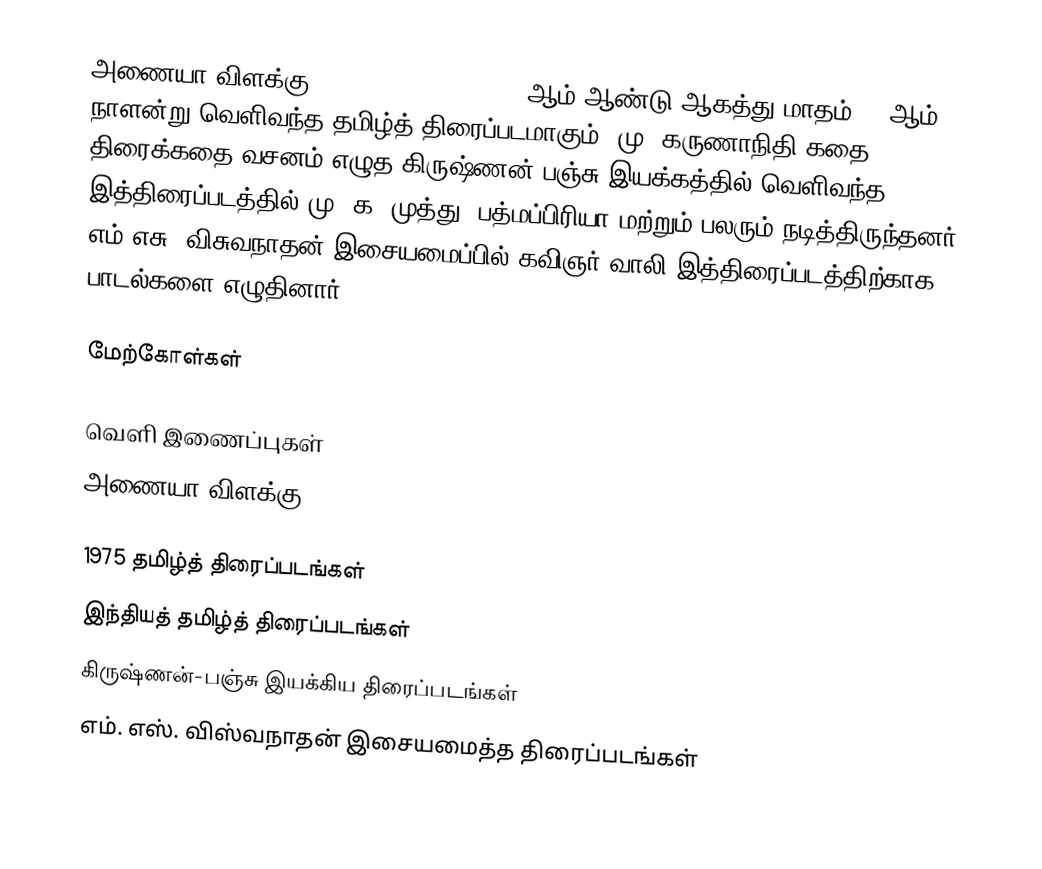
அணையா விளக்கு (Anaiya Vilakku) 1975 ஆம் ஆண்டு ஆகத்து மாதம் 15 ஆம் நாளன்று வெளிவந்த தமிழ்த் திரைப்படமாகும். மு. கருணாநிதி கதை, திரைக்கதை வசனம் எழுத  கிருஷ்ணன்-பஞ்சு இயக்கத்தில் வெளிவந்த இத்திரைப்படத்தில் மு. க. முத்து, பத்மப்பிரியா மற்றும் பலரும் நடித்திருந்தனர். எம்.எசு. விசுவநாதன் இசையமைப்பில் கவிஞர் வாலி இத்திரைப்படத்திற்காக பாடல்களை எழுதினார்.

மேற்கோள்கள்

வெளி இணைப்புகள்
 அணையா விளக்கு

1975 தமிழ்த் திரைப்படங்கள்
இந்தியத் தமிழ்த் திரைப்படங்கள்
கிருஷ்ணன்-பஞ்சு இயக்கிய திரைப்படங்கள்
எம். எஸ். விஸ்வநாதன் இசையமைத்த திரைப்படங்கள்